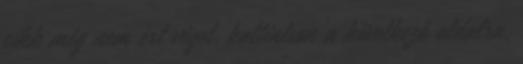
cikk még nem ért véget, kattintson a következő oldalra,